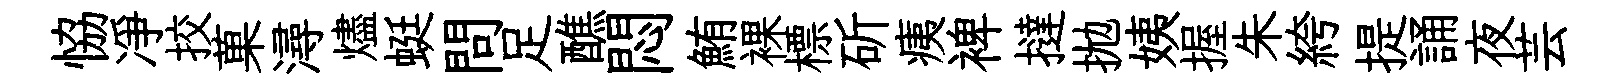
恊凈挍菓潯燼蜓問足醮悶鮪裸標斫痍裨撻拋姨握朱絝提誦夜芸